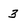
Character: 3